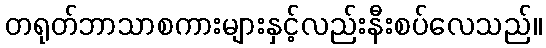
တရုတ်ဘာသာစကားများနှင့်လည်းနီးစပ်လေသည်။